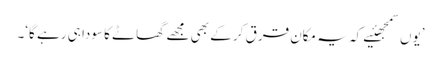
’یوں سمجھئیے کہ یہ مکان قرق کر کے بھی مجھے گھاٹے کا سودا ہی رہے گا‘۔